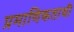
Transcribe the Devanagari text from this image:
प्रमाणिकताथी